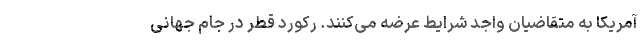
آمریکا به متقاضیان واجد شرایط عرضه می‌کنند. رکورد قطر در جام جهانی